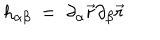
h _ { \alpha \beta } \ = \ \partial _ { \alpha } \vec { r } \partial _ { \beta } \vec { r }